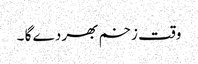
وقت زخم بھر دے گا ۔